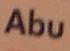
abu